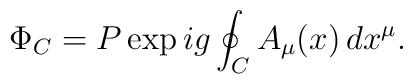
\Phi_C = P \exp ig \oint_C A_\mu(x)\,dx^\mu.